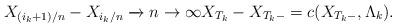
LaTeX: \begin{align*} X_{(i_k+1)/n}-X_{i_k/n}\xrightarrow{} {n \to\infty} X_{T_k}-X_{T_k-}=c(X_{T_k-},\Lambda_k). \end{align*}